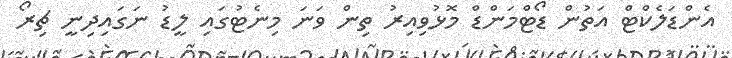
އެންޑަލެކްޓް އަތުން ޑޯޓްމަންޑް މޮޅުވިއިރު ތިން ވަނަ މިނެޓުގައި ލީޑު ނަގައިދިނީ ޗިރޯ